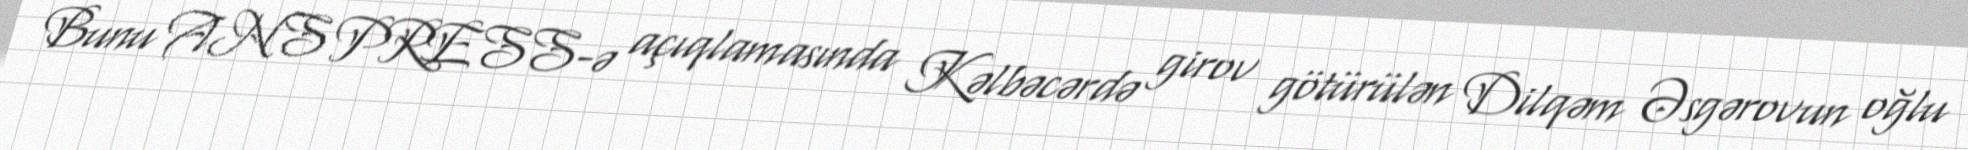
Bunu ANS PRESS-ə açıqlamasında Kəlbəcərdə girov götürülən Dilqəm Əsgərovun oğlu